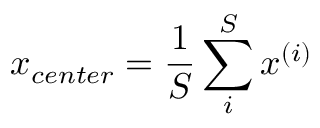
x _ { c e n t e r } = \frac 1 S \sum _ { i } ^ { S } x ^ { ( i ) }